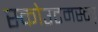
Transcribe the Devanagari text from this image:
स्कोउटमस्टर्